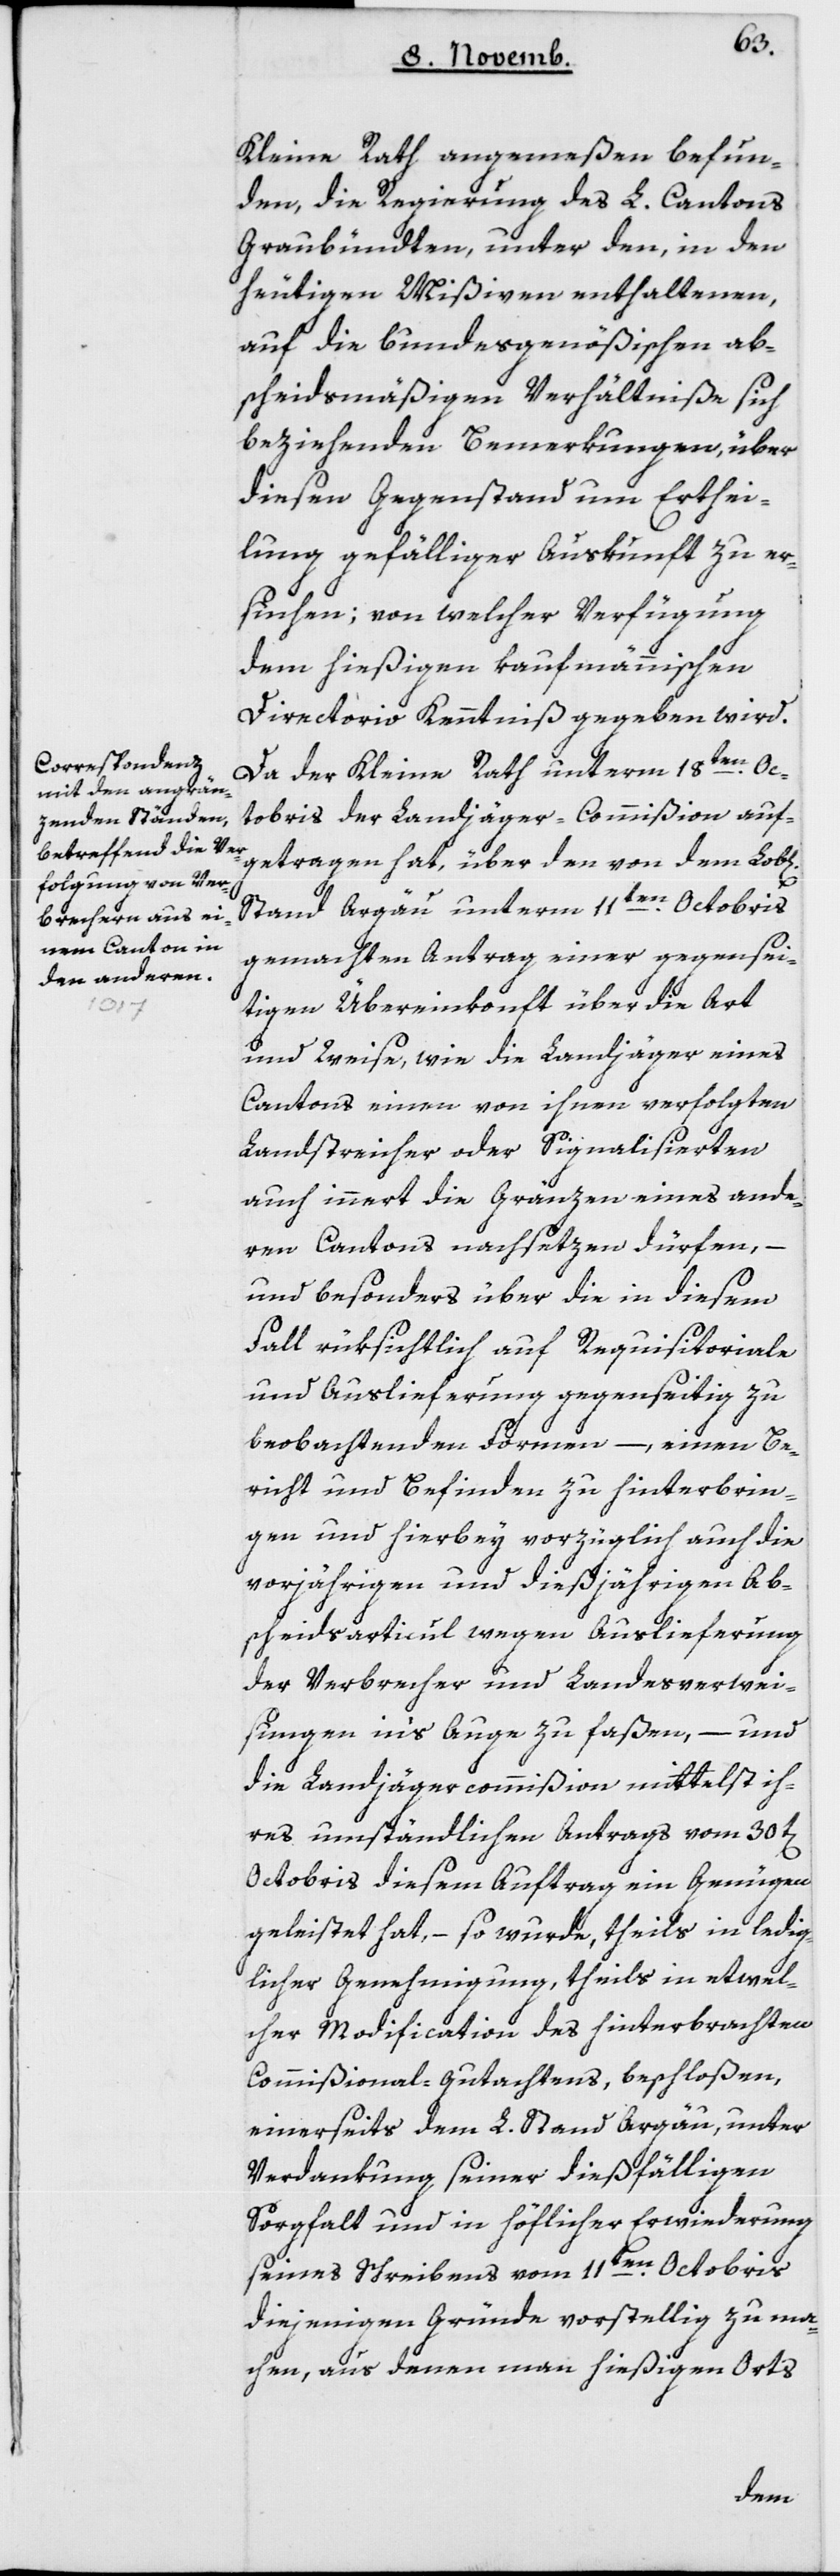
Kleine Rath angemeßen befun¬
den, die Regierung des L. Cantons
Graubündten, unter den, in den
heutigen Mißiven enthaltenen,
auf die bundesgenößischen ab¬
scheidsmäßigen Verhältniße sich
beziehenden Bemerkungen, über
diesen Gegenstand um Erthei¬
lung gefälliger Auskunft zu er¬
suchen, von welcher Verfügung
dem hießigen Kaufmännischen
Directorio Kenntniß gegeben wird.
Da der Kleine Rath unterm 18ten Oct¬
obris der Landjäger-Commißion auf¬
getragen hat, über den von dem Lobl[i¬
Stand Argau unterm 11ten Octobris
gemachten Antrag, einer gegensei¬
tigen Übereinkonft über die Art
und Weise, wie die Landjäger eines
Cantons einen von ihnen verfolgten
Landstreicher oder Signalisierten
auch innert die Gränzen eines ande¬
ren Cantons nachsetzen dürfen, –
und besonders über die in diesem
Fall rüksichtlich auf Requisitoriale
und Auslieferung gegenseitig zu
beobachtenden Formen, – einen Be¬
richt und Befinden zu hinterbrin¬
gen und hierbey vorzüglich auch die
vorjährigen und diesjährigen Ab¬
scheidsarticul wegen Auslieferung
der Verbrecher und Landesverwei¬
sungen ins Auge zu faßen, – und
die Landjägercommißion mittelst ih¬
res umständlichen Antrags vom 30t[en]
Octobris diesem Auftrag ein Genügen
geleistet hat, – so wurde, theils in ledig¬
licher Genehmigung, theils in etwel¬
cher Modification des hinterbrachten
Commißional-Gutachtens, beschloßen,
einerseits dem L. Stand Argau, unter
Verdankung seiner dießfälligen
Sorgfalt und in höflicher Erwiederung
seines Schreibens vom 11ten Octobris
diejenigen Gründe vorstellig zu ma¬
chen, aus denen man hießigen Orts
chen]